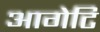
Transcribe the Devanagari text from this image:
आगेटि